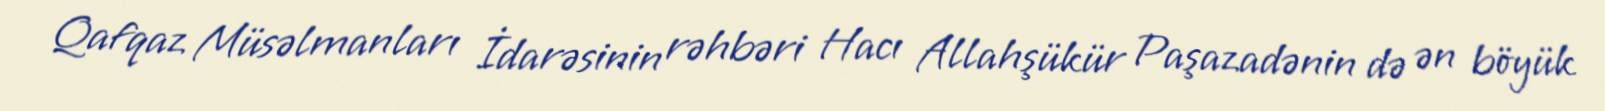
Qafqaz Müsəlmanları İdarəsinin rəhbəri Hacı Allahşükür Paşazadənin də ən böyük